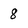
Character: 8